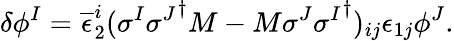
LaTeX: \delta\phi^{I}=\overline{{{\epsilon}}}_{2}^{i}(\sigma^{I}{\sigma^{J}}^{\dagger}M-M\sigma^{J}{\sigma^{I}}^{\dagger})_{ij}\epsilon_{1j}\phi^{J}.